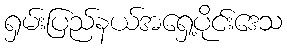
ရှမ်းပြည်နယ်အရှေ့ပိုင်းဒေသ